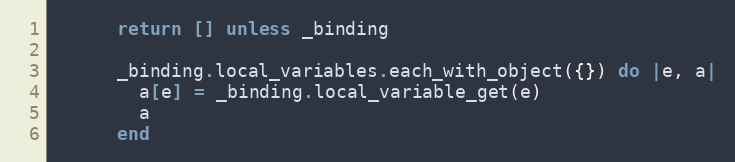
Language: Ruby
      return [] unless _binding

      _binding.local_variables.each_with_object({}) do |e, a|
        a[e] = _binding.local_variable_get(e)
        a
      end